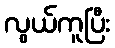
လွယ်ကူပြီး